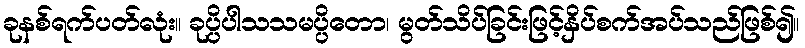
ခုနစ်ရက်ပတ်လုံး။ ခုပ္ပိပါသသမပ္ပိတော၊ မွတ်သိပ်ခြင်းဖြင့်နှိပ်စက်အပ်သည်ဖြစ်၍။